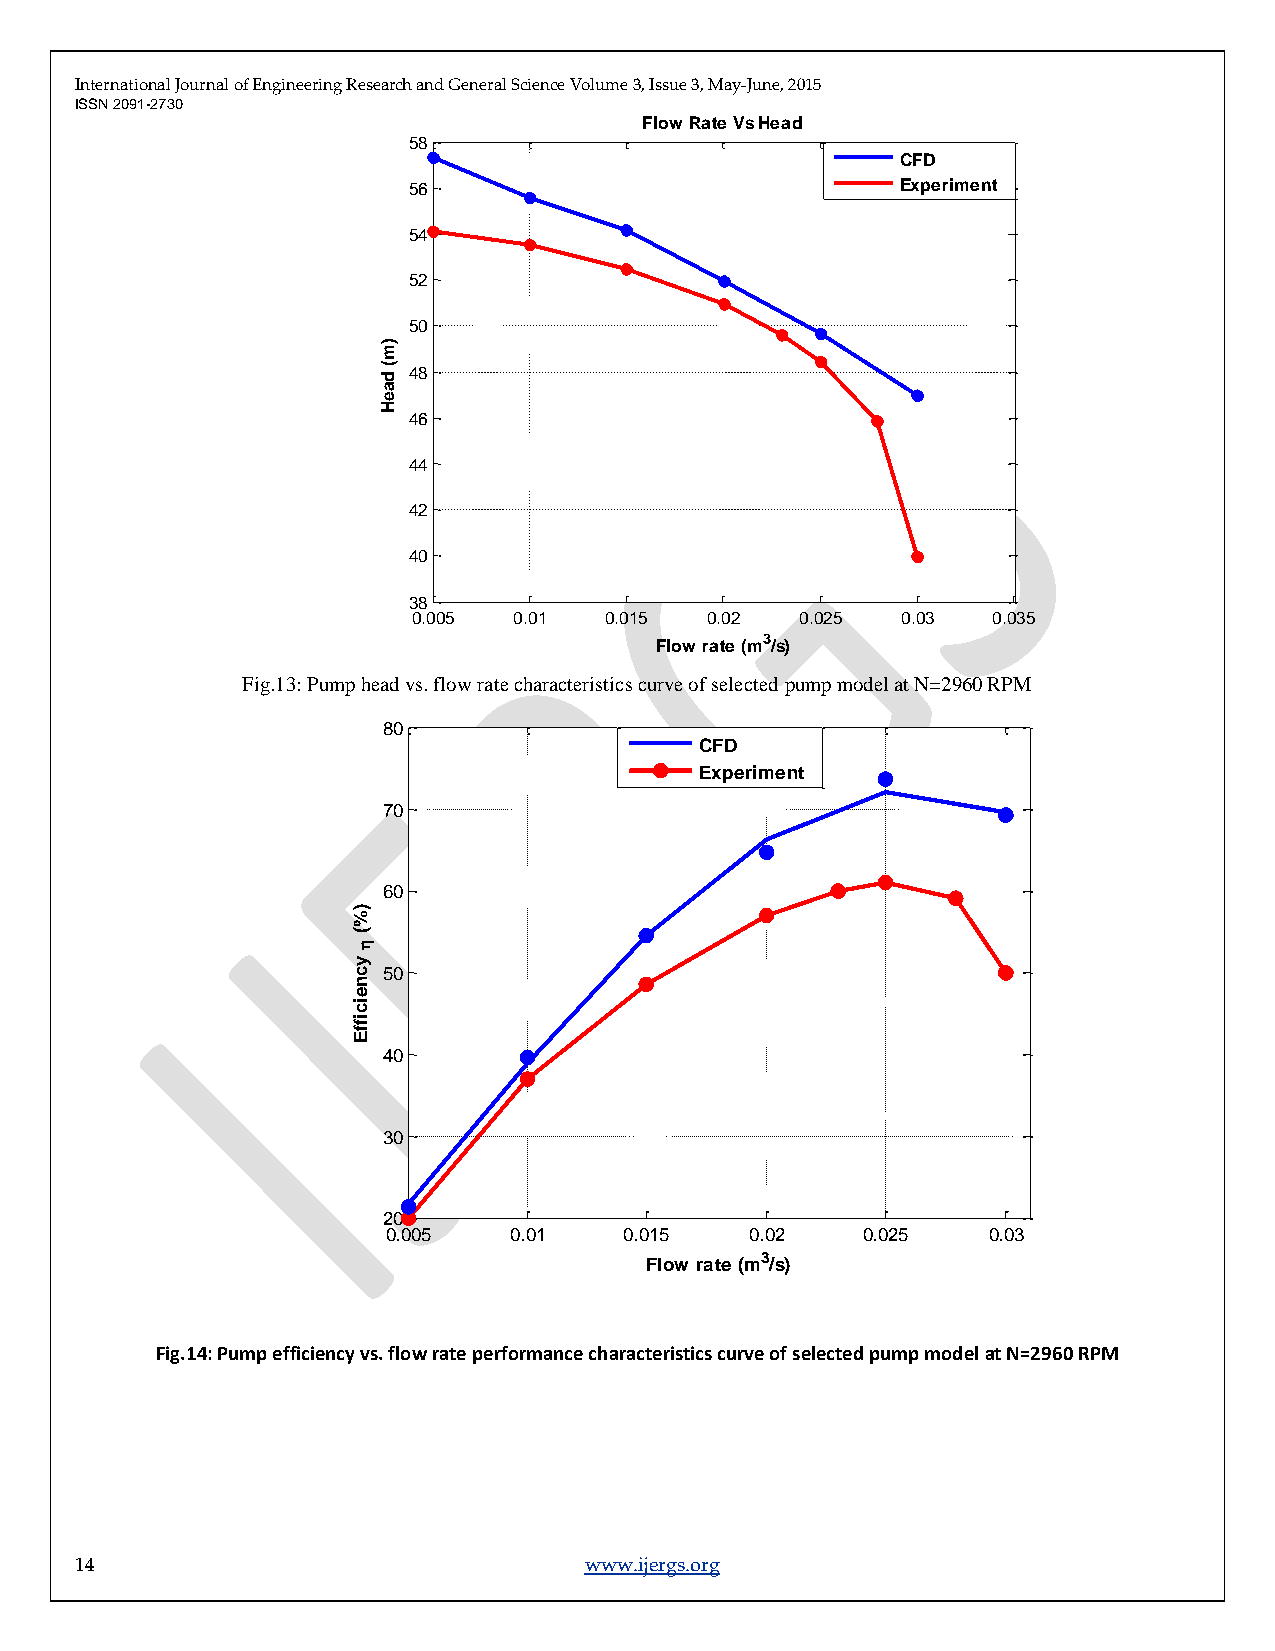
International Journal of Engineering Research and General Science Volume 3, Issue 3, May-June, 2015
 ISSN 2091-2730
 Flow Rate Vs Head
 58
 CFD
 56                               Experiment
 54
 52
 50
 )
 m
 ( d 48
 a
 e
 H
 46
 44
 42
 40
 38
 0.005  0.01  0.015  0.02  0.025  0.03  0.035
 Flow rate (m3/s)
 Fig.13: Pump head vs. flow rate characteristics curve of selected pump model at N=2960 RPM
 80
 CFD
 Experiment
 70
 60
 )
 %
 (
 
 y
 c 50
 n
 e
 ic
 iff
 E
 40
 30
 20
 0.005   0.01   0.015    0.02   0.025   0.03
 3
 Flow rate (m /s)
 Fig.14: Pump efficiency vs. flow rate performance characteristics curve of selected pump model at N=2960 RPM
 14                                www.ijergs.org